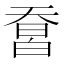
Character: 𤾄